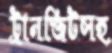
ট্রানজিটসহ